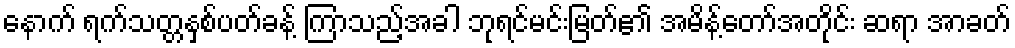
နောက် ရက်သတ္တနှစ်ပတ်ခန့် ကြာသည့်အခါ ဘုရင်မင်းမြတ်၏ အမိန့်တော်အတိုင်း ဆရာ အာခတ်